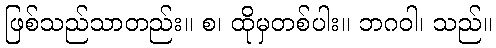
ဖြစ်သည်သာတည်း။ စ၊ ထိုမှတစ်ပါး။ ဘဂဝါ၊ သည်။